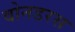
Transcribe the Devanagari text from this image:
वोनडरस